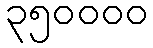
၃၅၀၀၀၀